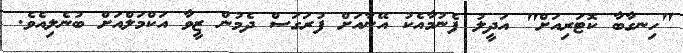
"ހިނގާބާ ކޮޓަރިއަށް" އަދީލު ފެނުމާއެކު އޭނާއަށް ފުރަގަސް ދެމުން ޒީވާ އަކްމަލްއަށް ބުނެލިއެވެ.